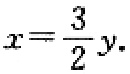
\(x=\frac{3}{2}y\)